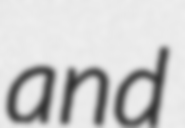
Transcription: and